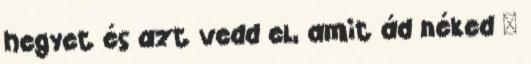
hegyet és azt vedd el, amit ád néked "